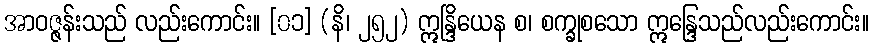
အာဝဇ္ဇန်းသည် လည်းကောင်း။ [၀၁] (နိ၊ ၂၅၂) ဣန္ဒြိယေန စ၊ စက္ခုစသော ဣန္ဒြေသည်လည်းကောင်း။